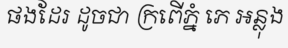
ផងដែរ ដូចជា ក្រពើភ្នំ ភេ អន្លុង